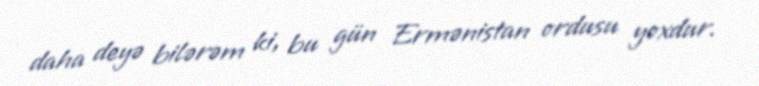
daha deyə bilərəm ki, bu gün Ermənistan ordusu yoxdur.